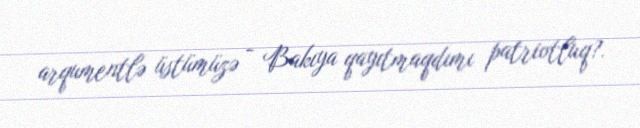
arqumentlə üstümüzə - Bakıya qayıtmaqdımı patriotluq?.